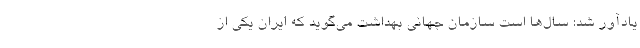
یادآور شد: سال‌ها است سازمان جهانی بهداشت می‌گوید که ایران یکی از